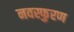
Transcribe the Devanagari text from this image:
नवस्फुरण